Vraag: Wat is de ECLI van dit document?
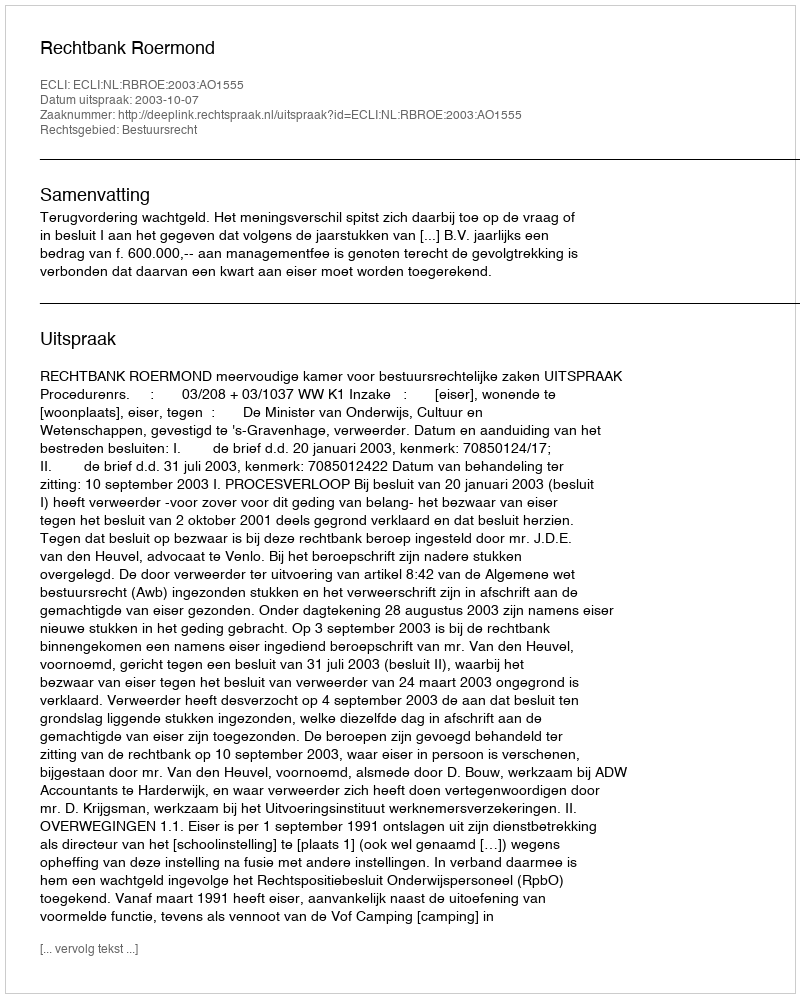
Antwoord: ECLI:NL:RBROE:2003:AO1555